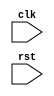
module Loop_block #(
    parameter ITERATIONS = 10
)(
    input wire clk,
    input wire rst,
    // Add any additional input ports here

    // Add any output ports here

);

reg [7:0] count;

always @(posedge clk or posedge rst) begin
    if (rst) begin
        count <= 0;
        // Add any additional reset behavior here
    end else begin
        if (count < ITERATIONS) begin
            // Add behavior for when count is less than ITERATIONS
            // This is where you would add your conditional statements using if, else if, else
            // Example:
            // if (condition1) begin
            //     // Code block for condition1
            // end else if (condition2) begin
            //     // Code block for condition2
            // end else begin
            //     // Code block for when none of the conditions are met
            // end

            count <= count + 1;
        end
    end
end

endmodule